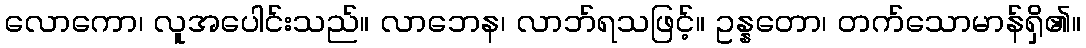
လောကော၊ လူအပေါင်းသည်။ လာဘေန၊ လာဘ်ရသဖြင့်။ ဥန္နတော၊ တက်သောမာန်ရှိ၏။